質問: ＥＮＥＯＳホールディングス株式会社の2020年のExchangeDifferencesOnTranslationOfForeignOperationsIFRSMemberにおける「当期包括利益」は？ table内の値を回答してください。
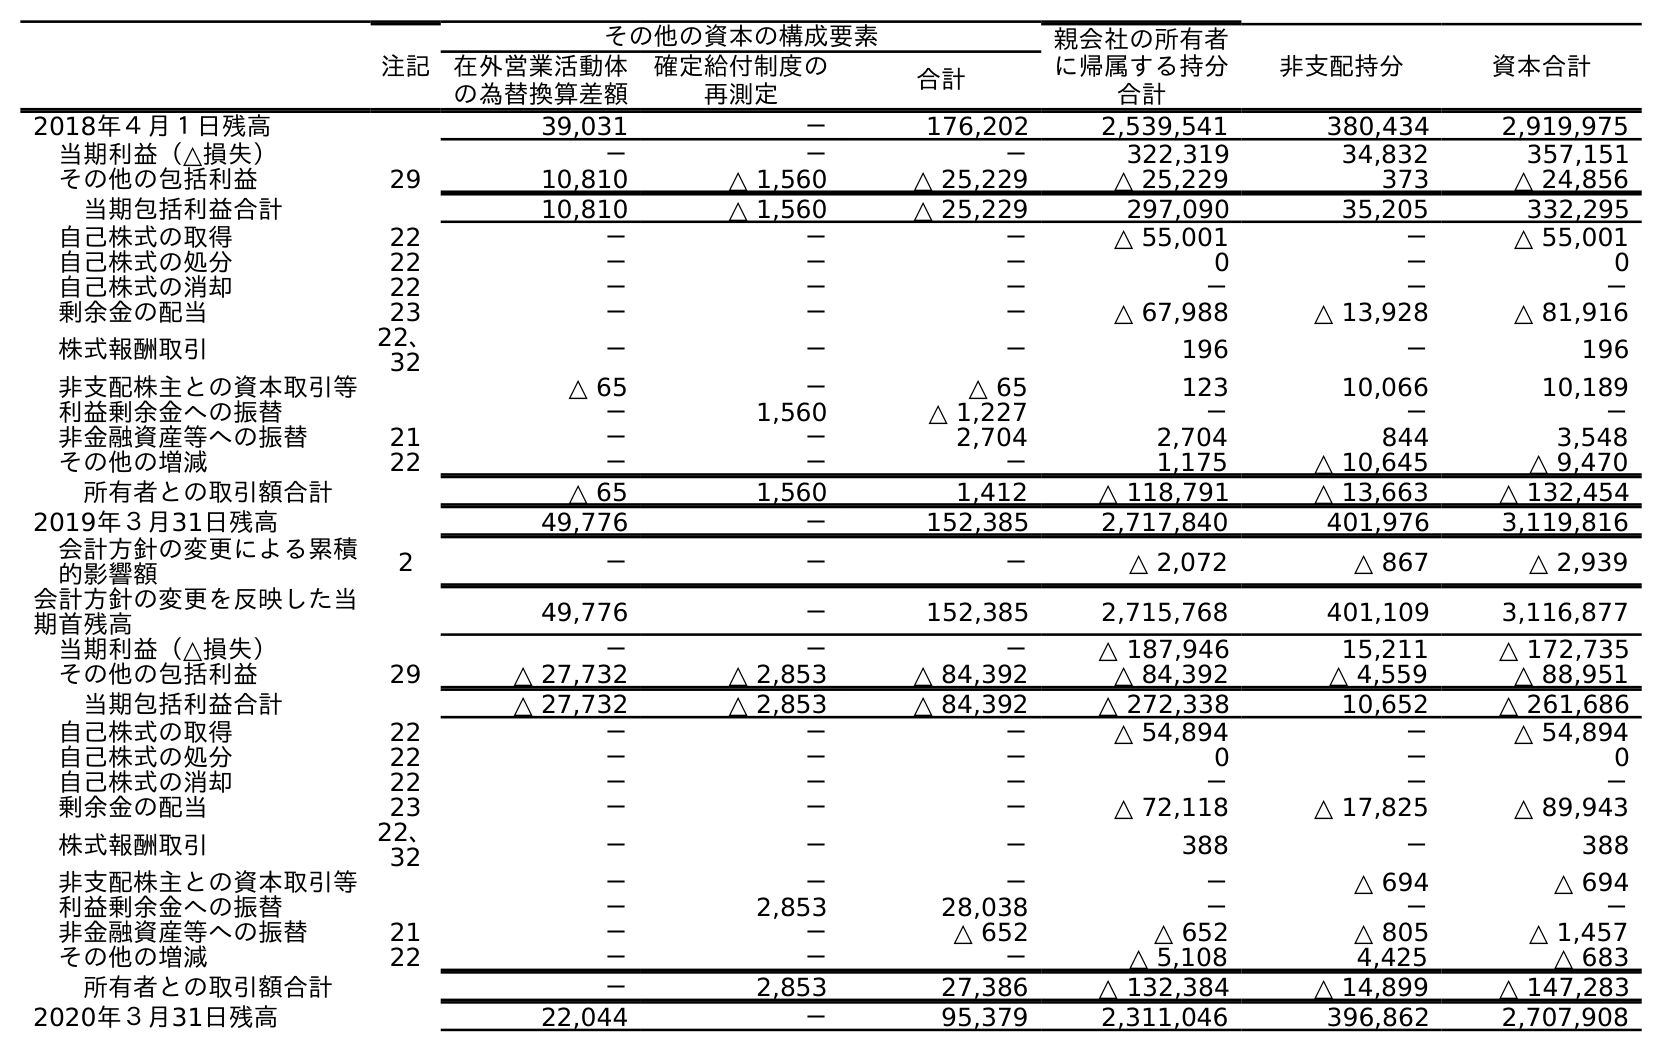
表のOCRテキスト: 注記 その他の資本の構成要素 親会社の所有者 に帰属する持分 合計 非支配持分 資本合計 在外営業活動体 の為替換算差額 確定給付制度の 再測定 合計 2018年４月１日残高 39,031 － 176,202 2,539,541 380,434 2,919,975 当期利益（△損失） － － － 322,319 34,832 357,151 その他の包括利益 29 10,810 △ 1,560 △ 25,229 △ 25,229 373 △ 24,856 当期包括利益合計 10,810 △ 1,560 △ 25,229 297,090 35,205 332,295 自己株式の取得 22 － － － △ 55,001 － △ 55,001 自己株式の処分 22 － － － 0 － 0 自己株式の消却 22 － － － － － － 剰余金の配当 23 － － － △ 67,988 △ 13,928 △ 81,916 株式報酬取引 22、 32 － － － 196 － 196 非支配株主との資本取引等 △ 65 － △ 65 123 10,066 10,189 利益剰余金への振替 － 1,560 △ 1,227 － － － 非金融資産等への振替 21 － － 2,704 2,704 844 3,548 その他の増減 22 － － － 1,175 △ 10,645 △ 9,470 所有者との取引額合計 △ 65 1,560 1,412 △ 118,791 △ 13,663 △ 132,454 2019年３月31日残高 49,776 － 152,385 2,717,840 401,976 3,119,816 会計方針の変更による累積 的影響額 2 － － － △ 2,072 △ 867 △ 2,939 会計方針の変更を反映した当 期首残高 49,776 － 152,385 2,715,768 401,109 3,116,877 当期利益（△損失） － － － △ 187,946 15,211 △ 172,735 その他の包括利益 29 △ 27,732 △ 2,853 △ 84,392 △ 84,392 △ 4,559 △ 88,951 当期包括利益合計 △ 27,732 △ 2,853 △ 84,392 △ 272,338 10,652 △ 261,686 自己株式の取得 22 － － － △ 54,894 － △ 54,894 自己株式の処分 22 － － － 0 － 0 自己株式の消却 22 － － － － － － 剰余金の配当 23 － － － △ 72,118 △ 17,825 △ 89,943 株式報酬取引 22、 32 － － － 388 － 388 非支配株主との資本取引等 － － － － △ 694 △ 694 利益剰余金への振替 － 2,853 28,038 － － － 非金融資産等への振替 21 － － △ 652 △ 652 △ 805 △ 1,457 その他の増減 22 － － － △ 5,108 4,425 △ 683 所有者との取引額合計 － 2,853 27,386 △ 132,384 △ 14,899 △ 147,283 2020年３月31日残高 22,044 － 95,379 2,311,046 396,862 2,707,908
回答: △27,732